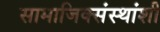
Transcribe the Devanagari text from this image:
सामाजिक्संस्थांशी